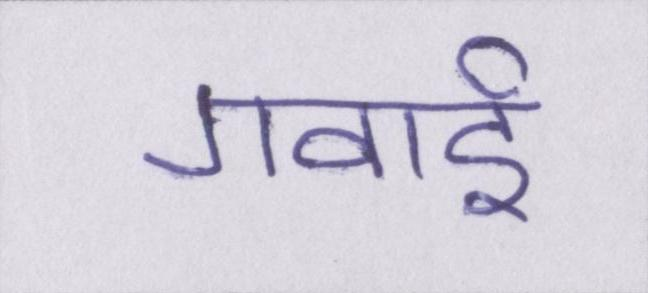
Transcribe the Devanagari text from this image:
गवाई